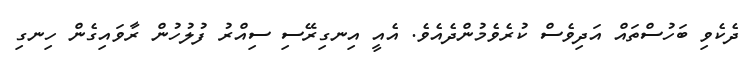
ދެކެވި ބަހުސްތައް އަދިވެސް ކުރެވެމުންދެއެވެ. އެއީ އިނގިރޭސި ސިއްރު ފުލުހުން ރާވައިގެން ހިނގި